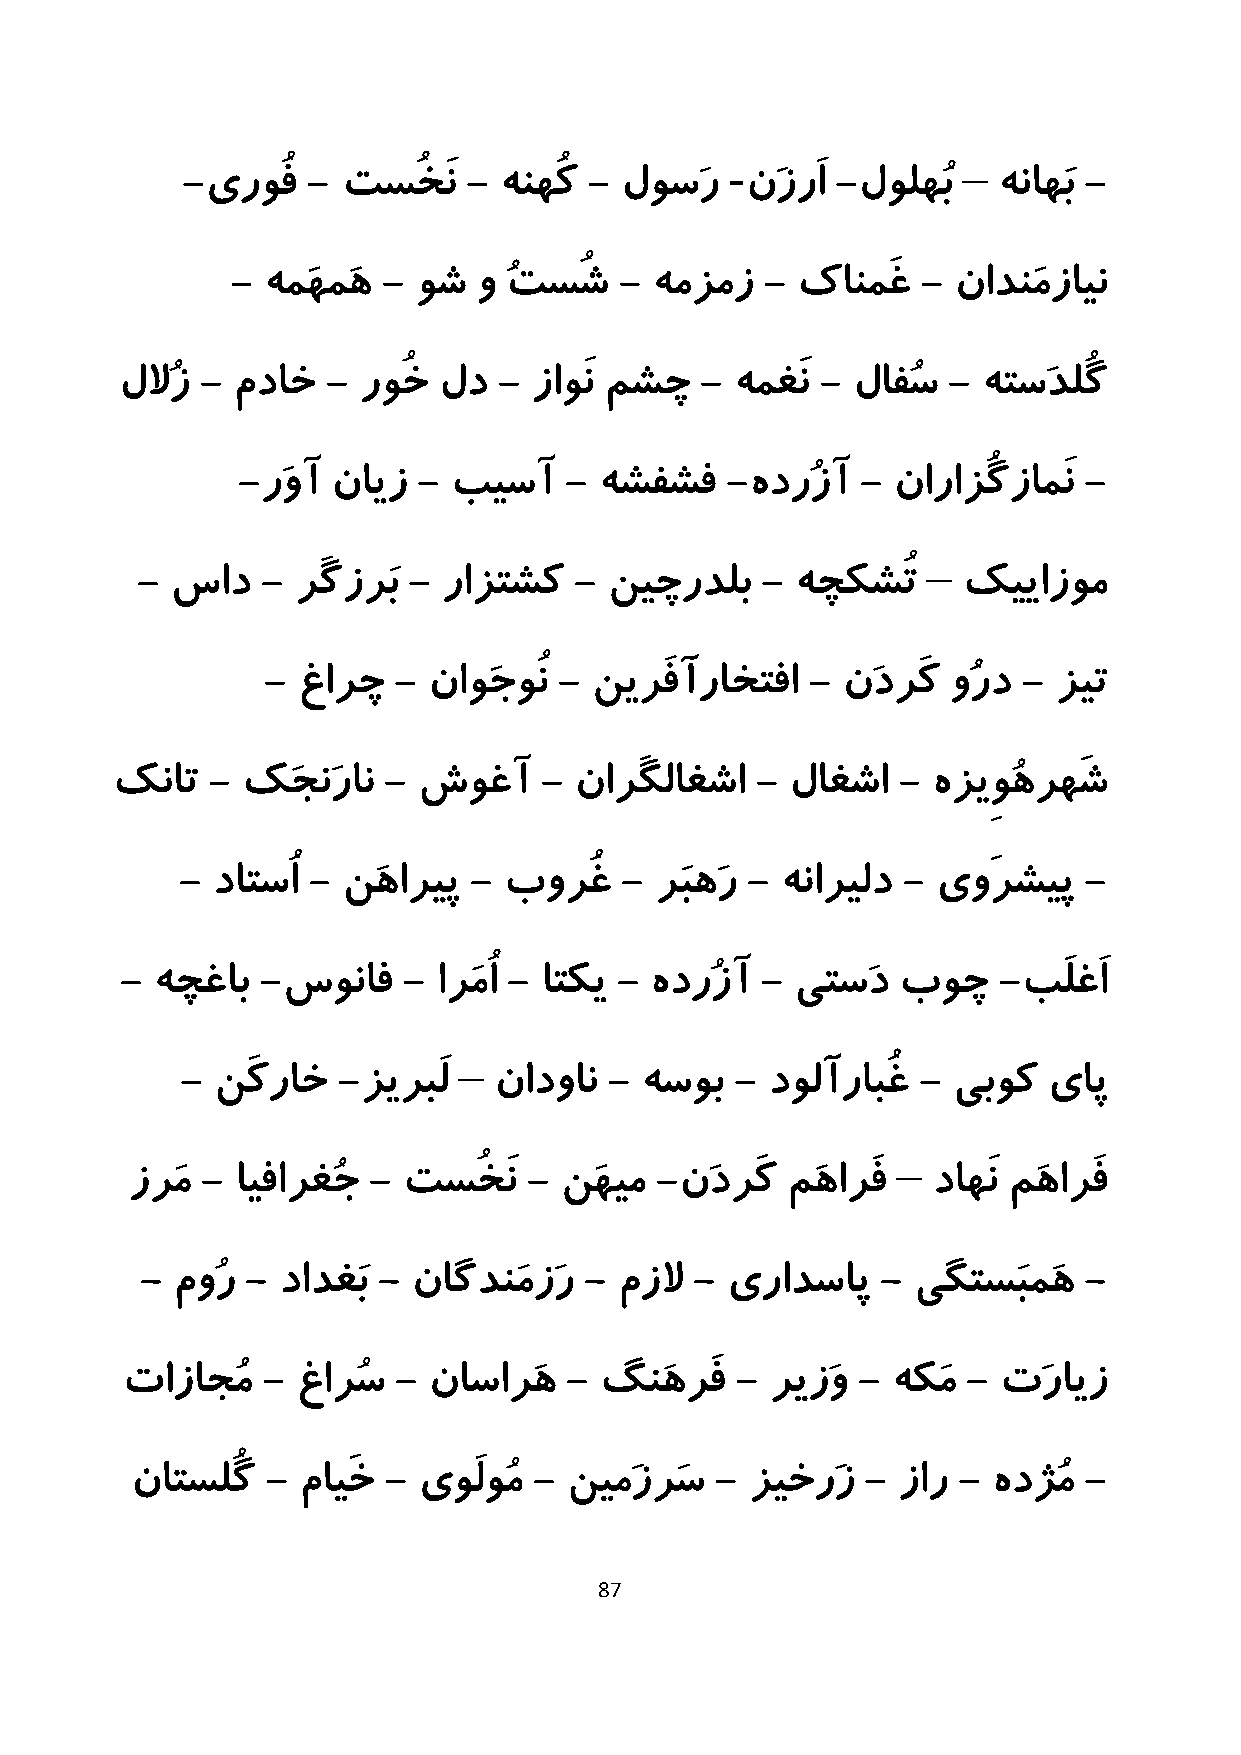
-               –
 -یروُف  -  تسُخَن  - هنهُک - لوسَر   نَزرَا -لولهُب   هناهَب -
 - همَهمَه - وش  و ُتسُش   - همزمز   - کانمَغ  - نادنَمزاین
 للاُز - مداخ  - روُخ لد  - زاوَن مشچ  -  همغَن - لافُس - هتسَدلُگ
 -رَوآ نایز  - بیسآ   -  هشفشف   -هدرُزآ  - نارازُگزامَن -
 –
 - ساد   - رَگزرَب - رازتشک   - نیچردلب   -  هچکشُت     کییازوم
 -  غارچ  - ناوَجوُن - نیرَفآراختفا  -  نَدرَک وُرد - زیت
 کنات   - کَجنَران -  شوغآ    - نارَگلاغشا  - لاغشا  -  هزیِوُهرهَش
 - داتسُا - نَهاریپ - بورُغ   - رَبهَر - هناریلد - یوَرشیپ   -
 - هچغاب  -سوناف    - ارَمُا - اتکی - هدرُزآ - یتسَد بوچ   -بَلغَا
 –
 - نَکراخ  -زیربَل    نادوان - هسوب   - دولآرابُغ - یبوک  یاپ
 –
 زرَم - ایفارغُج - تسُخَن  - نَهیم -نَدرَک  مَهارَف   داهَن مَهارَف
 - موُر - دادغَب - ناگدنَمزَر  - مزلا - یرادساپ   - یگتسَبمَه   -
 تازاجُم  -  غارُس - ناسارَه  -  گنَهرَف  - ریزَو - هکمَ - تَرایز
 ناتسلُگ  - مایَخ - یوَلوُم - نیمَزرَس -  زیخرَز - زار -  هدژُم -
 87